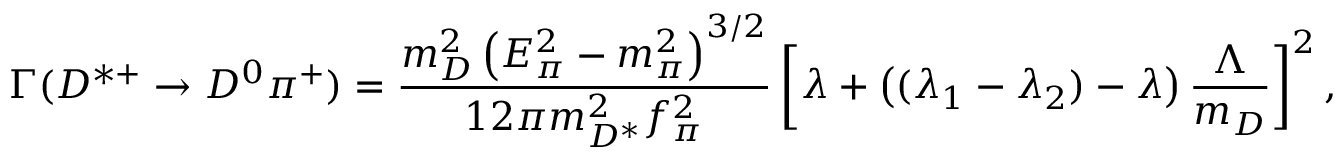
\Gamma ( D ^ { * + } \rightarrow D ^ { 0 } \pi ^ { + } ) = { \frac { m _ { D } ^ { 2 } \left( E _ { \pi } ^ { 2 } - m _ { \pi } ^ { 2 } \right) ^ { 3 / 2 } } { 1 2 \pi m _ { D ^ { * } } ^ { 2 } f _ { \pi } ^ { 2 } } } \left[ \lambda + \left( ( \lambda _ { 1 } - \lambda _ { 2 } ) - \lambda \right) { \frac { \Lambda } { m _ { D } } } \right] ^ { 2 } ,